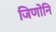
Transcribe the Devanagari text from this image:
जिणोनि